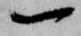
一